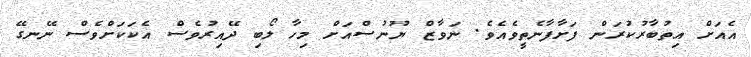
އެއަށް އިތުބާރުކުރަން ފަށާފާނެތީވެއެވެ. ނަވާޒް ޔޫނުސްއަށް މިހާ ލޯބި ދޭއިރުވެސް އެކަކަށްވެސް ނޭނގޭ